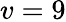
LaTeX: v=9